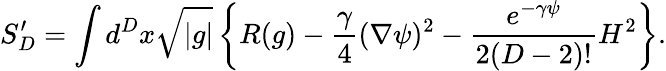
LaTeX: S_{D}^{\prime}=\int d^{D}x\sqrt{|g|}\left\{ R(g)-\frac{\gamma}4(\nabla\psi)^{2}-\frac{e^{-\gamma\psi}}{2(D-2)!}H^{2}\right\} .